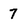
Character: 7